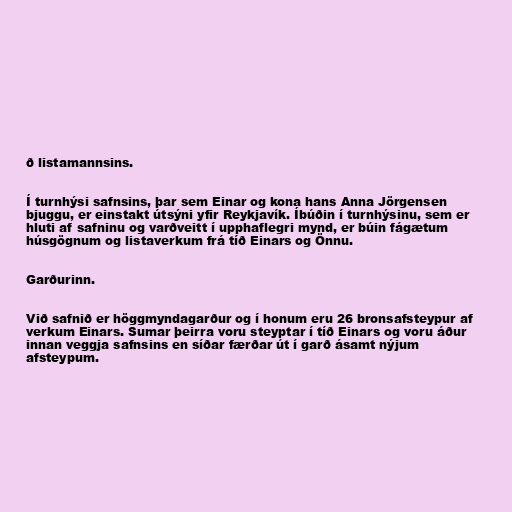
ð listamannsins.

Í turnhýsi safnsins, þar sem Einar og kona hans Anna Jörgensen
bjuggu, er einstakt útsýni yfir Reykjavík. Íbúðin í turnhýsinu, sem er
hluti af safninu og varðveitt í upphaflegri mynd, er búin fágætum
húsgögnum og listaverkum frá tíð Einars og Önnu.

Garðurinn.

Við safnið er höggmyndagarður og í honum eru 26 bronsafsteypur af
verkum Einars. Sumar þeirra voru steyptar í tíð Einars og voru áður
innan veggja safnsins en síðar færðar út í garð ásamt nýjum
afsteypum.